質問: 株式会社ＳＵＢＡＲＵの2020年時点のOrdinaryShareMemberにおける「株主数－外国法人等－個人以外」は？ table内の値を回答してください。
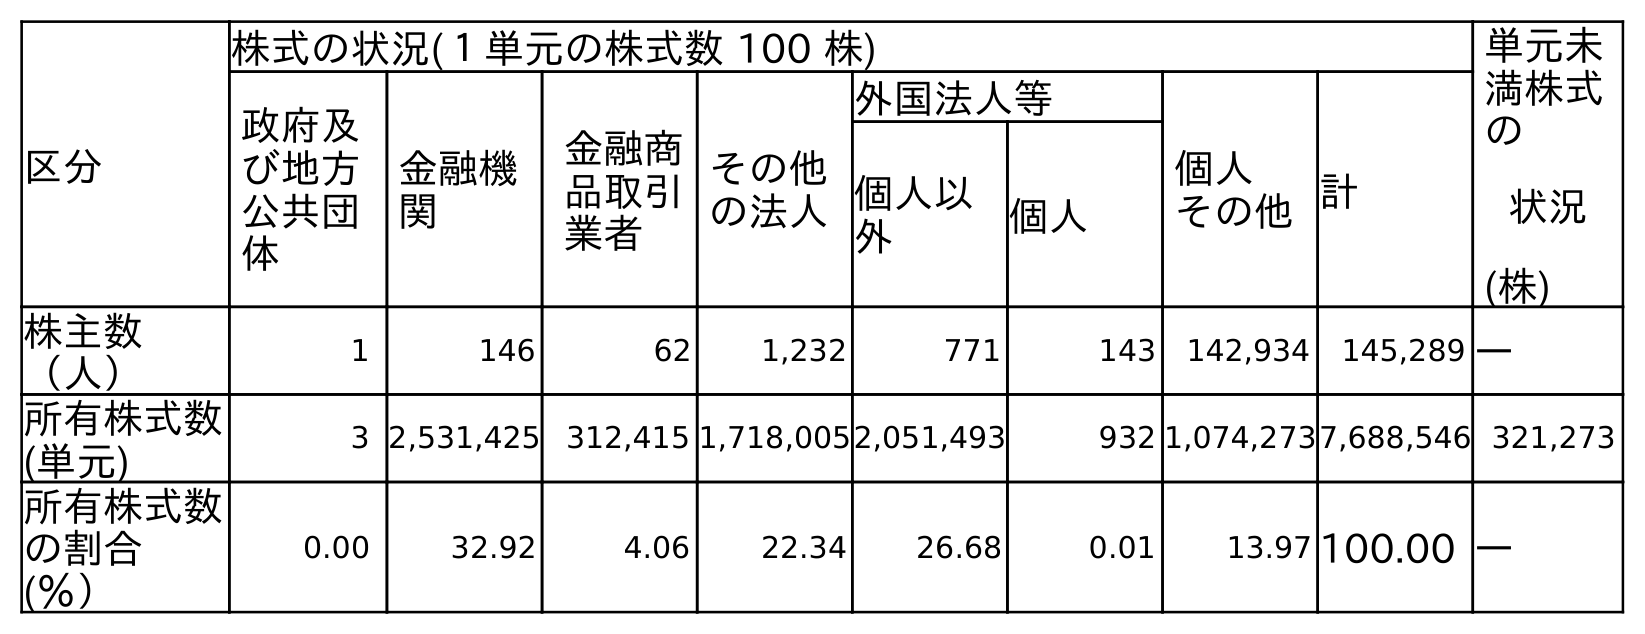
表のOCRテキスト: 区分 株式の状況(１単元の株式数 100 株) 単元未 満株式 の 状況 (株) 政府及 び地方 公共団 体 金融機 関 金融商 品取引 業者 その他 の法人 外国法人等 個人 その他計 個人以 外 個人 株主数 （人） 1 146 62 1,232 771 143 142,934 145,289 ― 所有株式数 (単元) 3 2,531,425 312,415 1,718,0052,051,493 932 1,074,2737,688,546 321,273 所有株式数 の割合 (％） 0.00 32.92 4.06 22.34 26.68 0.01 13.97 100.00 ―
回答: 771